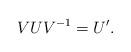
LaTeX: \begin{align*}VUV^{-1}=U'. \end{align*}